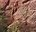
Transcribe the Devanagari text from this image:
पर्दान